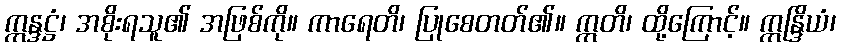
ဣန္ဒဋ္ဌံ၊ အစိုးရသူ၏ အဖြစ်ကို။ ကာရေတိ၊ ပြုစေတတ်၏။ ဣတိ၊ ထို့ကြောင့်။ ဣန္ဒြိယံ၊